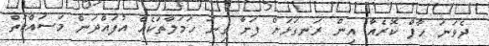
ދެވަނަ ހާފް ކޮރެއާ އިން ރަނގަޅަށް ފަށާ ގިނަ ހަމަލާތަކެއް އުފައްދަން މަސައްކަތް